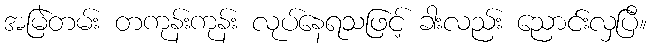
အမြဲတမ်း တကုန်းကုန်း လုပ်နေရသဖြင့် ခါးလည်း ညောင်းလှပြီ။